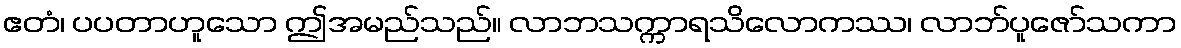
ဧတံ၊ ပပတာဟူသော ဤအမည်သည်။ လာဘသက္ကာရသိလောကဿ၊ လာဘ်ပူဇော်သကာ